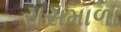
રાસમાળા